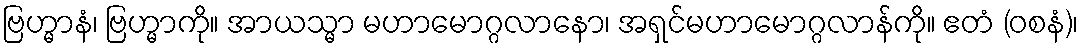
ဗြဟ္မာနံ၊ ဗြဟ္မာကို။ အာယသ္မာ မဟာမောဂ္ဂလာနော၊ အရှင်မဟာမောဂ္ဂလာန်ကို။ ဧတံ (ဝစနံ)၊